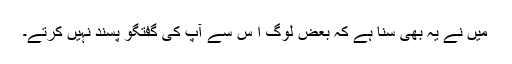
میں نے یہ بھی سُنا ہے کہ بعض لوگ ا س سے آپ کی گفتگو پسند نہیں کرتے۔